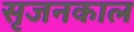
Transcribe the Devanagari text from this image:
सृजनकाल